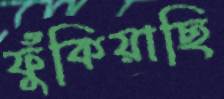
ফুঁকিয়াছি